Civil Veterinary Department. United Provinces 1932-42 - 1932-1942
Year: 1932
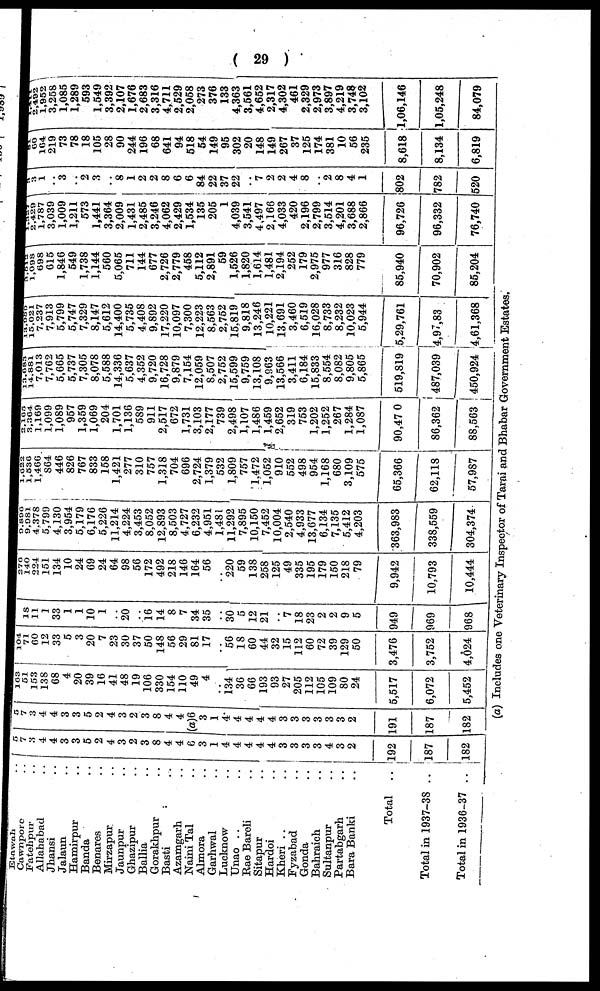
(29)
Etawah ..
Cawnpore ..
Fatehpur
..
Allahabad ..
Jhansi ..
Jalaun ..
Hamirpur ..
Banda ..
Benares ..
Mirzapur ..
Jaunpur ..
Ghazipur ..
Ballia ..
Gorakhpur ..
Basti ..
Azamgarh ..
Naini Tal ..
Almora ..
Garhwal ..
Lucknow ..
Unao ..
Rae Bareli ..
Sitapur
..
Hardoi ..
Kheri ..
Fyzabad
..
Gonda ..
Bahraich ..
Sultanpur ..
Partabgarh ..
Bara Banki ..
Total
..
Total in 1937-38 ..
Total in 1936-37 ..
5
7
3
4
4
3
3
5
2
4
3
2
3
8
4
4
6
3
1
4
4
4
4
4
3
3
3
3
4
3
2
192
187
182
5 7
3
4
4
3
3
5
2
4
3
2
3
8
4
4
(a)6
3
1
4
4
4
4
4
3
3
3
3
3
3
2
191
187
182
163
51
153
138
68
4
20
39
16
41
48
19
106
330
154
110
49
4
..
134
36
66
193.
93
27
205
112
105
109
80
24
5,517
6,072
5,452
104 71
60
12
33
5
3
20
7
23
30
37
50
148
56
29
81
17
..
56
18
60
44
32
15
112
60
72
39
129
50
3,476
3,752
4,024
18
11
1
33
1
1
10
1
..
20
..
16
14
8
7
34
35
..
30
5
12
21
..
7
18
23
2
2
9
5
949
969
968
276
140
224
151
134
10
24
69
24
64
98
56
172
492
218
146
146
56
..
220
59
138
258
125
49
335
195
179
150
218
79
9,942
10,793
10,444
9,896
9, 981
4,378
5,799
4,130
3,954
5,179
6,176
5,226
11,214
4,224
3,453
8,052
12,893
8,503
4,727
6,232
4,951
1,481
11,292
7,895
10,150
7,452
10,004
2,540
4,933
13,677
6,134
7,135
5,412
4,203
363,983
338,559
304,374
1,622 1,536
1,466
864
446
826
767
833
158
1,421
277
310
757
1,318
704
696
2,724
1,379
532
1,809
757
1,472
1,052
910
552
498
954
1,168
680
3,109
575
65,366
62,118
57,987
2,165
3,364
1,169
1,099
1,089
957
1,359
1,069
204
1,701
1,136
589
911
2,517
672
1,731
3,103
2,177
739
2,498
1,107
1,486
1,459
2,652
319
753
1,202
1,252
267
1,284
1,087
90,47 0
86,362
88,563
13,683
14,881
7,013
7,762
5,665
5,737
7,305
8,078
5,588
14,336
5,637
4,352
9,720
16,728
9,879
7,154
12,059
8,507
2,752
15,599
9,759
13,108
9,963
13,566
3,411
6,184
15,833
8,554
8,082
9,805
5,865
519,819
487,039
450,924
13,989
15,021 7,237
7,913
5,799
5,747
7,329
8,147
5,612
14,400
5,735
4,408
9,892
17,220
10,097
7,300
12,223
8,563
2,752
15,819
9,818
13,246
10,221
13,691
3,460
6,519
16,028
8,733
8,232
10,023
5,944
5,29,761
4,97,83
4,61,368
3,612
1,098
698
615
1,846
549
1,738
1,144
560
5,065
711
144
677
2,726
2,779
458
5,112
2,891
59
1,526
1,820
1,614
1,481
2,194
252
179
2,975
977
316
828
779
85,940
70,902
85,204
1,337
2,429
1,787
3,039
1,009
1,211
573
1,441
3,364
2,009
1,431
2,485
3,246
4,062
2,429
1,534
135
205
1
4,039
3,541
4,497
2,166
4,033
420
2,196
2,799
3,514
4,201
3,688
2,866
96,726
96,332
76,740
3
3
1
..
3
..
2
3
..
8
1
2
2
8
6
6
84
22
37
22
..
7
2
2
4
8
..
2
8
4
1
802
782
520
81
60 164
219
73
78
18
105
28
90
244
196
68
641
94
518
54
149
95
302
20
148
149
267
37
125
174
381
10
56
235
8,618
8,134
6,819
1,411
2,492 1,952
3,258
1,085
1,289
593
1,549
3,392
2,107
1,676
2,683
3,316
4,711
2,529
2,058
273
376
133
4,363
3,561
4,652
2,317
4,302
461
2,329
2,973
3,897
4,219
3,748
3,102
1,06,146
1,05,248
84,079
(a) Includes one Veterinary Inspector of Tarai and Bhabar Government Estates.